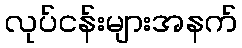
လုပ်ငန်းများအနက်